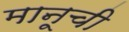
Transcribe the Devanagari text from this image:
मानूची